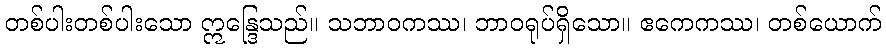
တစ်ပါးတစ်ပါးသော ဣန္ဒြေသည်။ သဘာဝကဿ၊ ဘာဝရုပ်ရှိသော။ ဧကေကဿ၊ တစ်ယောက်